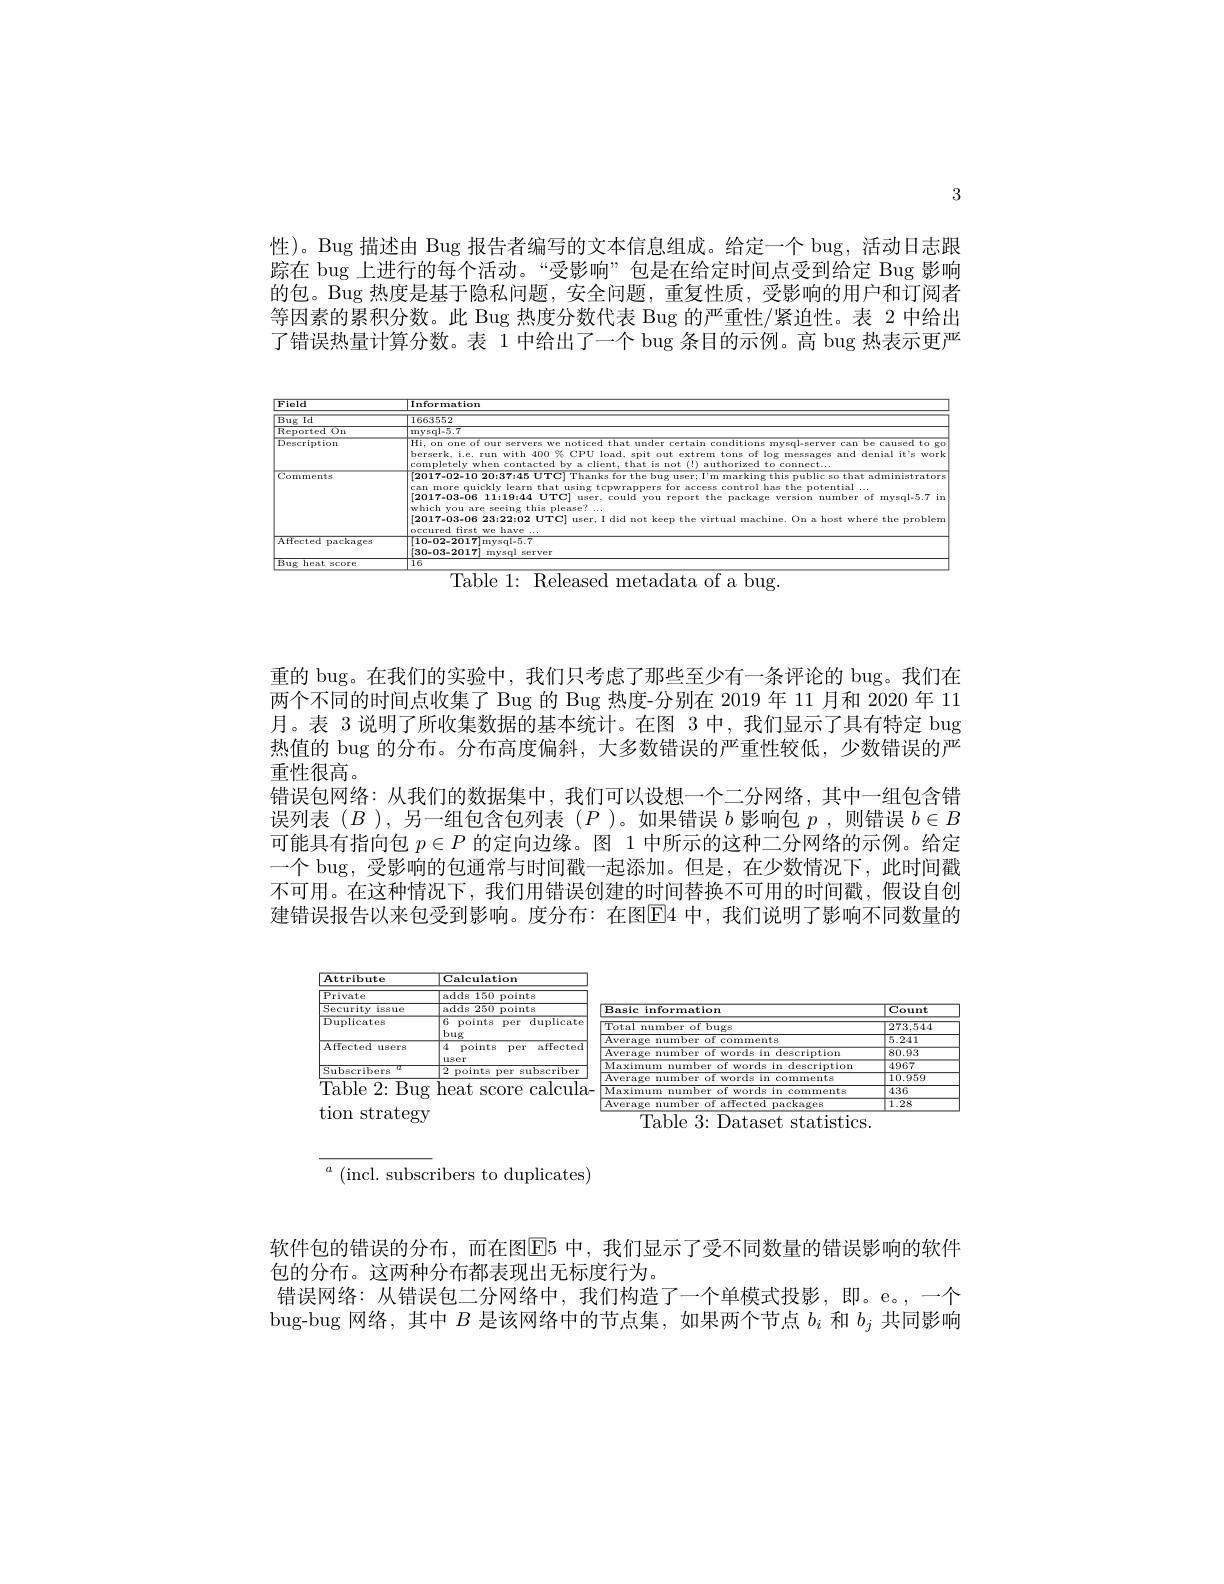
3

性)。Bug 描述由 Bug 报告者编写的文本信息组成。给定一个 bug, 活动日志跟踪在 bug 上进行的每个活动。“受影响”包是在给定时间点受到给定 Bug 影响的包。Bug 热度是基于隐私问题，安全间题，重复性质，受影响的用户和订阅者等因素的累积分数。此 Bug 热度分数代表 Bug 的严重性/紧迫性。表 2 中给出了错误热量计算分数。表 1 中给出了一个 bug 条目的示例。高 bug 热表示更严

<FigureHere>

${\mathrm{Table~1:~Released~metadata~of~a~bug.}}$

重的 bug。在我们的实验中，我们只考虑了那些至少有一条评论的 bug。我们在两个不同的时间点收集了 Bug 的 Bug 热度-分别在 2019 年 11 月和 2020 年 11月。表 3 说明了所收集数据的基本统计。在图 3 中，我们显示了具有特定 bug 热值的 bug 的分布。分布高度偏斜，大多数错误的严重性较低，少数错误的严重性很高。
错误包网络：从我们的数据集中，我们可以设想一个二分网络，其中一组包含错误列表(B),另一组包含包列表($P$)。如果错误$b$影响包$p$,则错误$b\in B$ 可能具有指向包$p\in P$的定向边缘。图 1 中所示的这种二分网络的示例。给定一个 bug, 受影响的包通常与时间戳一起添加。但是，在少数情况下，此时间戳不可用。在这种情况下，我们用错误创建的时间替换不可用的时间戳，假设自创建错误报告以来包受到影响。度分布：在图E4 中，我们说明了影响不同数量的

<FigureHere>

$^a\allowbreak ( {\mathrm{mod}} $subscribers to duplicates)

软件包的错误的分布，而在图E5 中，我们显示了受不同数量的错误影响的软件
包的分布。这两种分布都表现出无标度行为。
错误网络：从错误包二分网络中，我们构造了一个单模式投影，即。e。,一个bug-bug 网络，其中$B$是该网络中的节点集，如果两个节点$b_i$和$b_j$共同影响